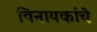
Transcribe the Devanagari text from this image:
विनायकांचे